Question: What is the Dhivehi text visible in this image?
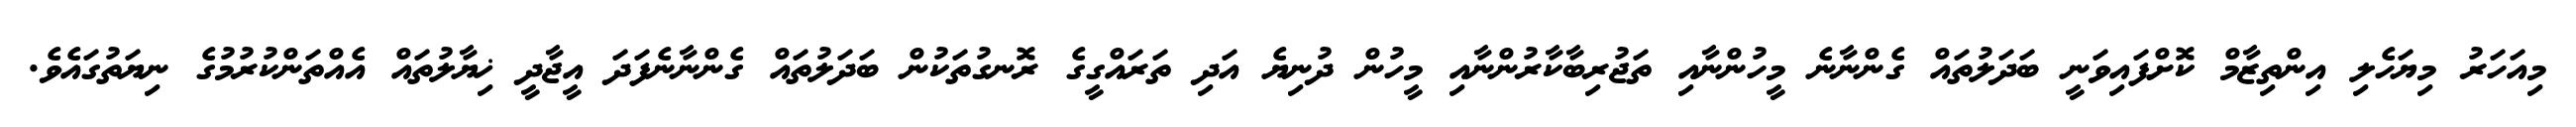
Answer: މިއަހަރު މިޔަހެލި އިންތިޒާމް ކޮށްފައިވަނީ ބަދަލުތައް ގެންނާނެ މީހުންނާއި ތަޖުރިބާކާރުންނާއި މީހުން ދުނިޔެ އަދި ތަރައްގީގެ ރޮނގުތަކުން ބަދަލުތައް ގެންނާނެފަދަ އީޖާދީ ޚިޔާލުތައް އެއްތަންކުރުމުގެ ނިޔަތުގައެވެ.